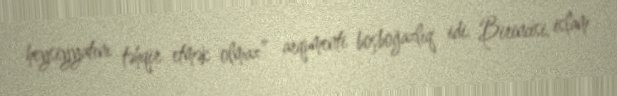
heysiyyatını təhqir etmək olmaz” arqumenti boşboğazlıq idi. Birincisi, islam